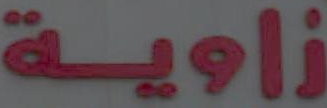
زاوية